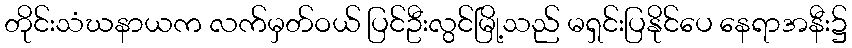
တိုင်းသံဃနာယက လက်မှတ်ဝယ် ပြင်ဦးလွင်မြို့သည် မရှင်းပြနိုင်ပေ နေရာအနီး၌